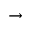
\to